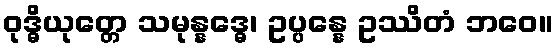
ဝုဒ္ဓိယုတ္တေ သမုန္နဒ္ဓေ၊ ဥပ္ပန္နေ ဥဿိတံ ဘဝေ။